Jaan_Tonisson_(Lasteleht), lk 123
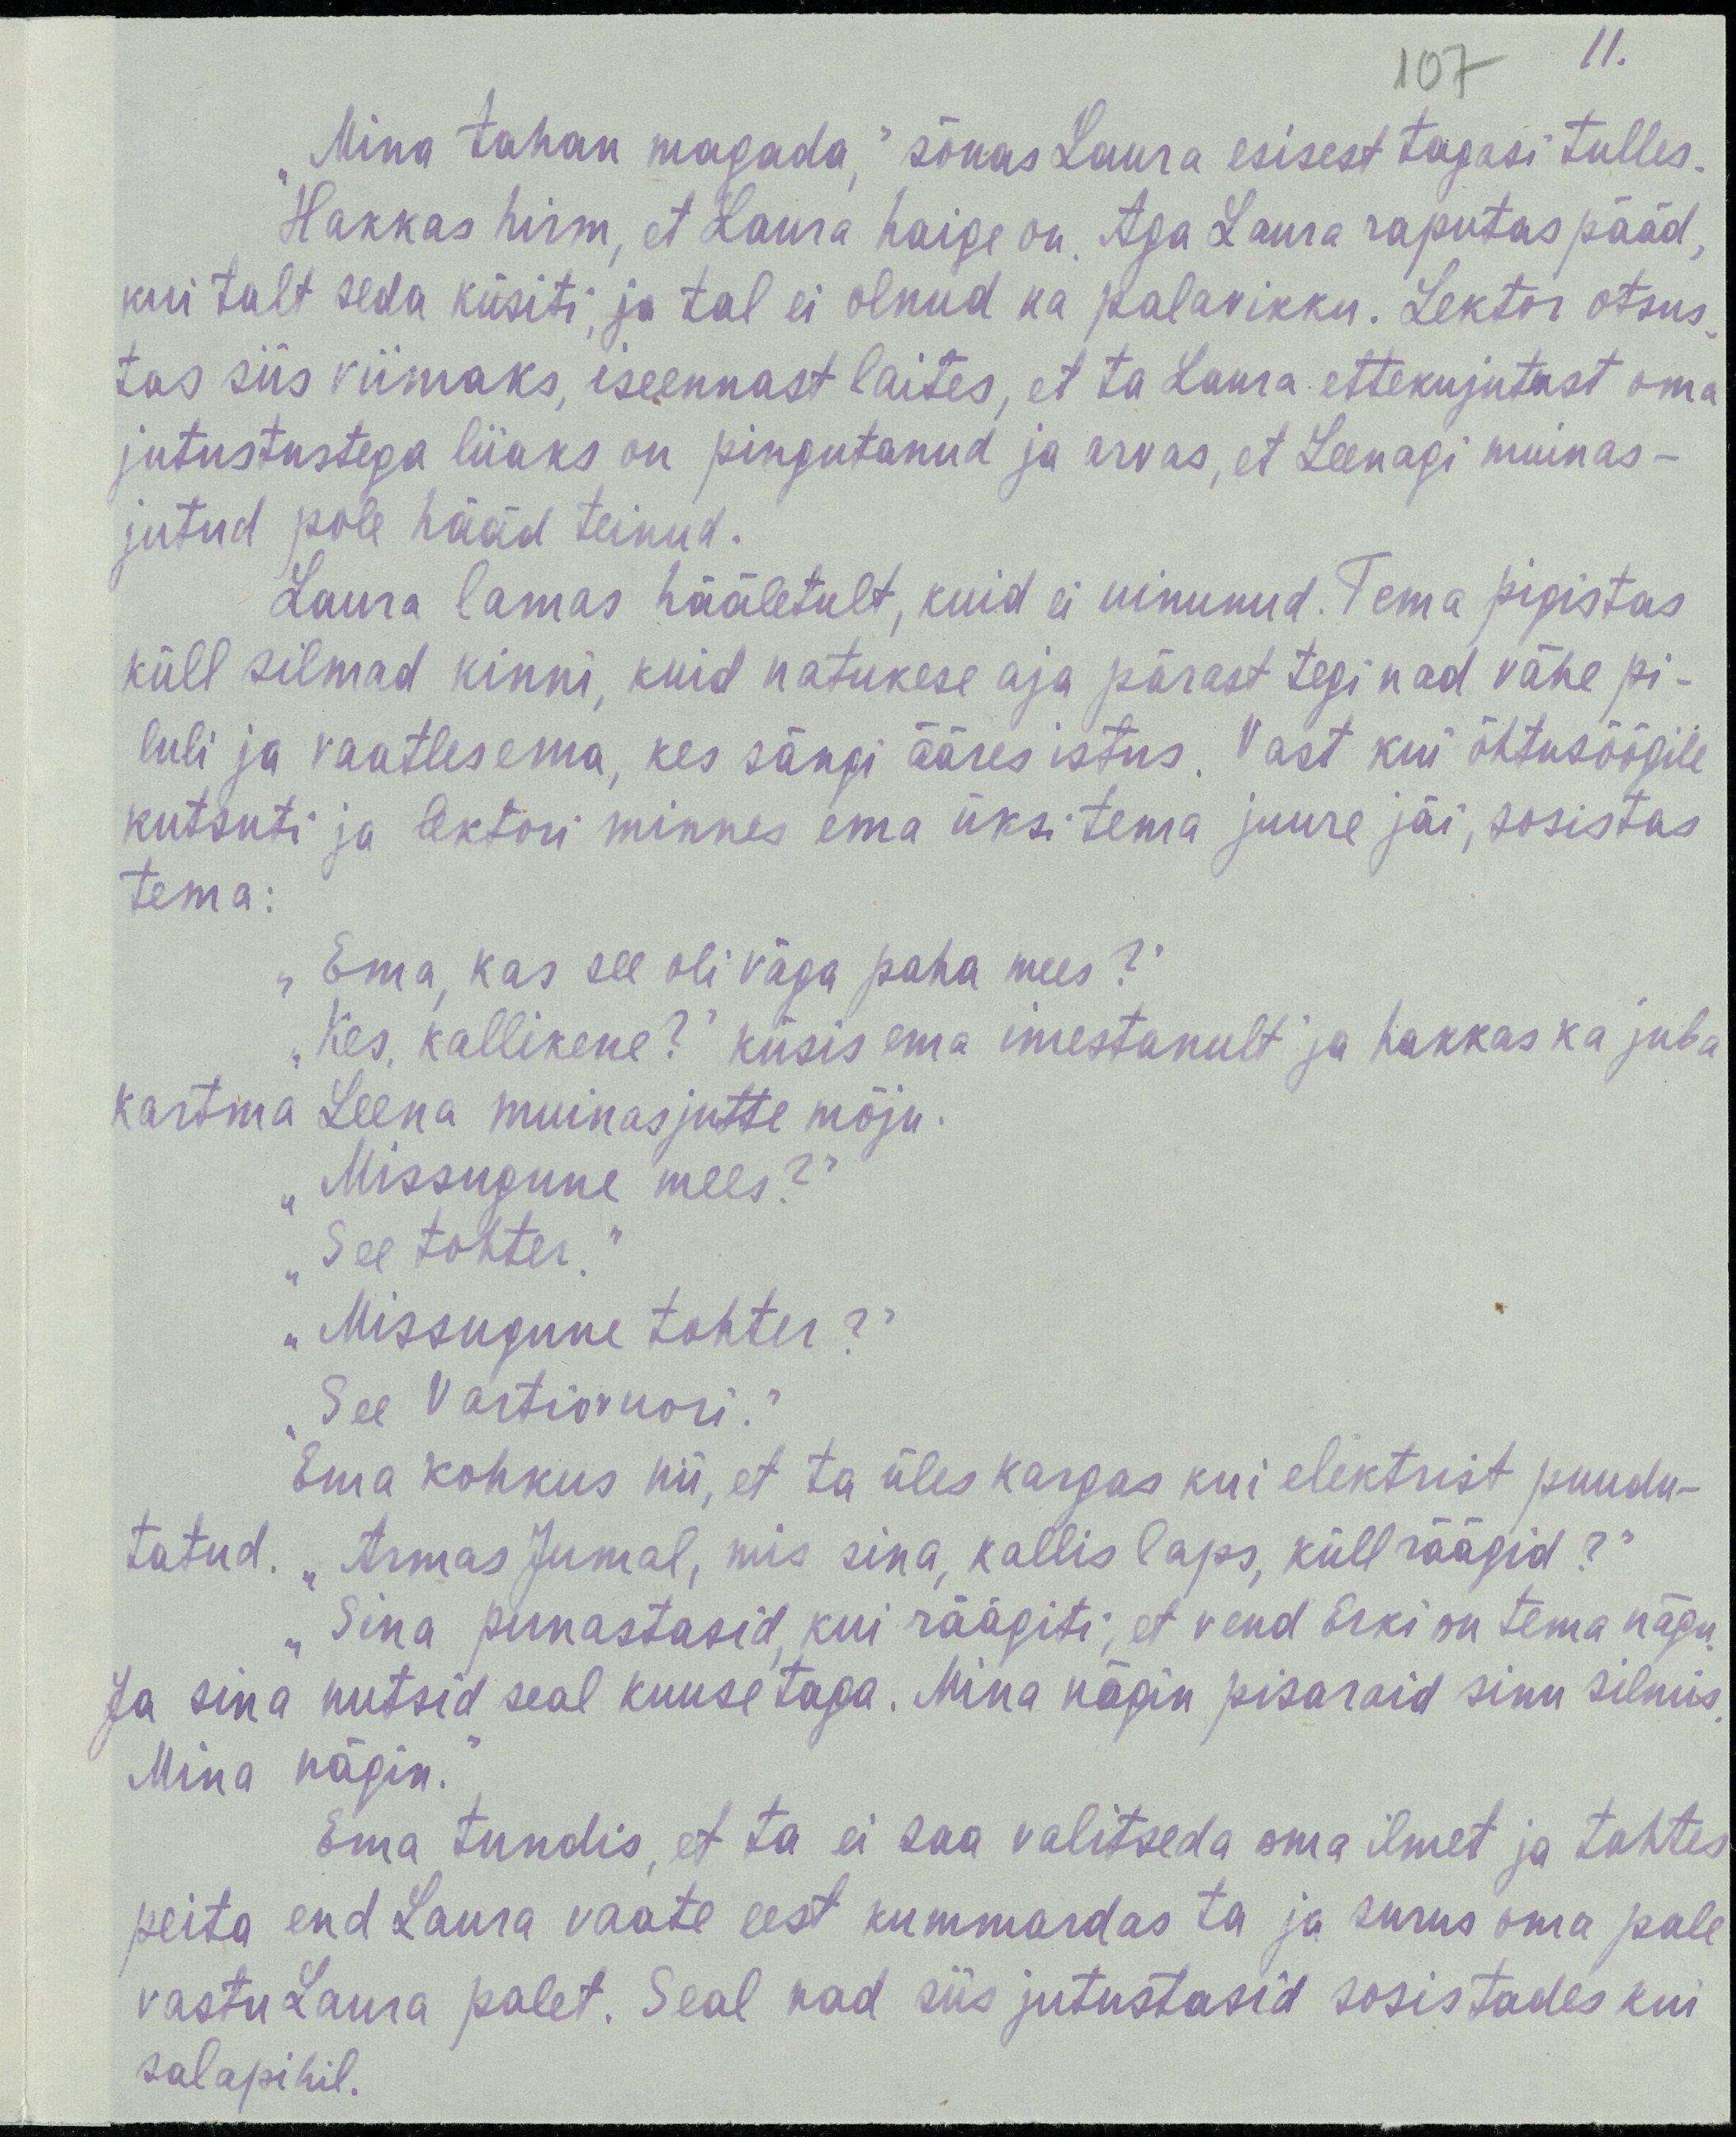
11.
107
„Mina tahan magada,“ sõnas Laura esisest tagasi tulles.
Hakkas hirm, et Laura haige on. Aga Laura raputas pääd,
kui talt seda küsiti, ja tal ei olnud ka palavikku. Lektor otsus-
tas siis viimaks, iseennast laites, et ta Laura ettekujutust oma
jutustustega liiaks on pingutanud ja arvas, et Leenagi muinas-
jutud pole hääd teinud.
Laura lamas hääletult, kuid ei uinunud. Tema pigistas
küll silmad kinni, kuid natukese aja pärast tegi nad vähe pi-
luli ja vaatles ema, kes sängi ääres istus. Vast kui õhtusöögile
kutsuti ja lektori minnes ema üksi tema juure jäi, sosistas
tema:
„Ema, kas see oli väga paha mees?“
„Kes, kallikene?“ küsis ema imestanult ja hakkas ka juba
kartma Leena muinasjutte mõju.
„missugune mees?“
„See tohter.“
„Missugune tohter?“
„See Vartiovuori.“
Ema kohkus nii, et ta üles kargas kui elektrist puudu-
tatud. „Armas Jumal, mis sina, kallis laps, küll räägid?“
„Sina punastasid, kui räägiti, et vend Erki on tema nägu.
Ja sina nutsid seal kuuse taga. Mina nägin pisaraid sinu silmis.
Mina nägin.“
Ema tundis, et ta ei saa valitseda oma ilmet ja tahtes
peita end Laura vaate eest kummardas ta ja surus oma pale
vastu Laura palet. Seal nad siis jutustasid sosistades kui
salapihil.